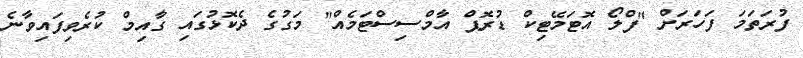
ފުރަތަމަ ފަހަރަށް "ފްލޯ އޮޓަމޭޓިކް ޑުރޮޕް އާމްސިސްޓަމެއް" މަގުގެ ދެކޮޅުގައި ގާއިމް ކުރެވިފައިވާނެ